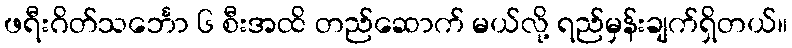
ဖရီးဂိတ်သင်္ဘော ၆ စီးအထိ တည်ဆောက် မယ်လို့ ရည်မှန်းချက်ရှိတယ်။